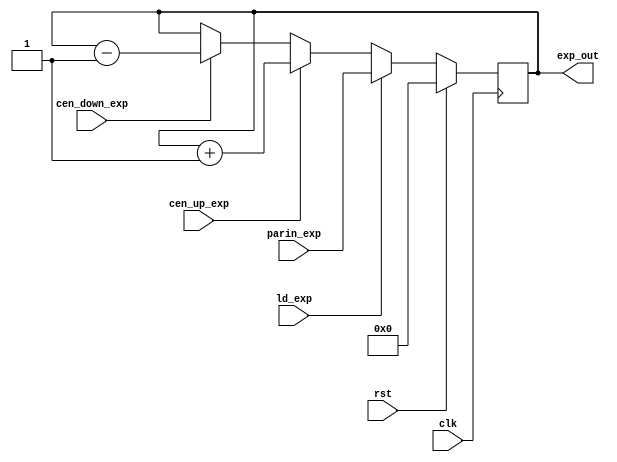
`timescale 1ns/1ns

module udCounter(clk, rst, ld_exp, cen_up_exp, cen_down_exp, parin_exp, exp_out);
  input clk, rst, ld_exp, cen_up_exp, cen_down_exp;
  input[7:0] parin_exp;
  output reg[7:0] exp_out;

  always@(posedge clk) begin
    if(rst)
      exp_out <= 8'b0;
    else if(ld_exp)
      exp_out <= parin_exp;
    else if(cen_up_exp)
      exp_out <= exp_out + 1;
    else if(cen_down_exp)
      exp_out <= exp_out - 1;
    else
      exp_out <= exp_out;
  end
endmodule